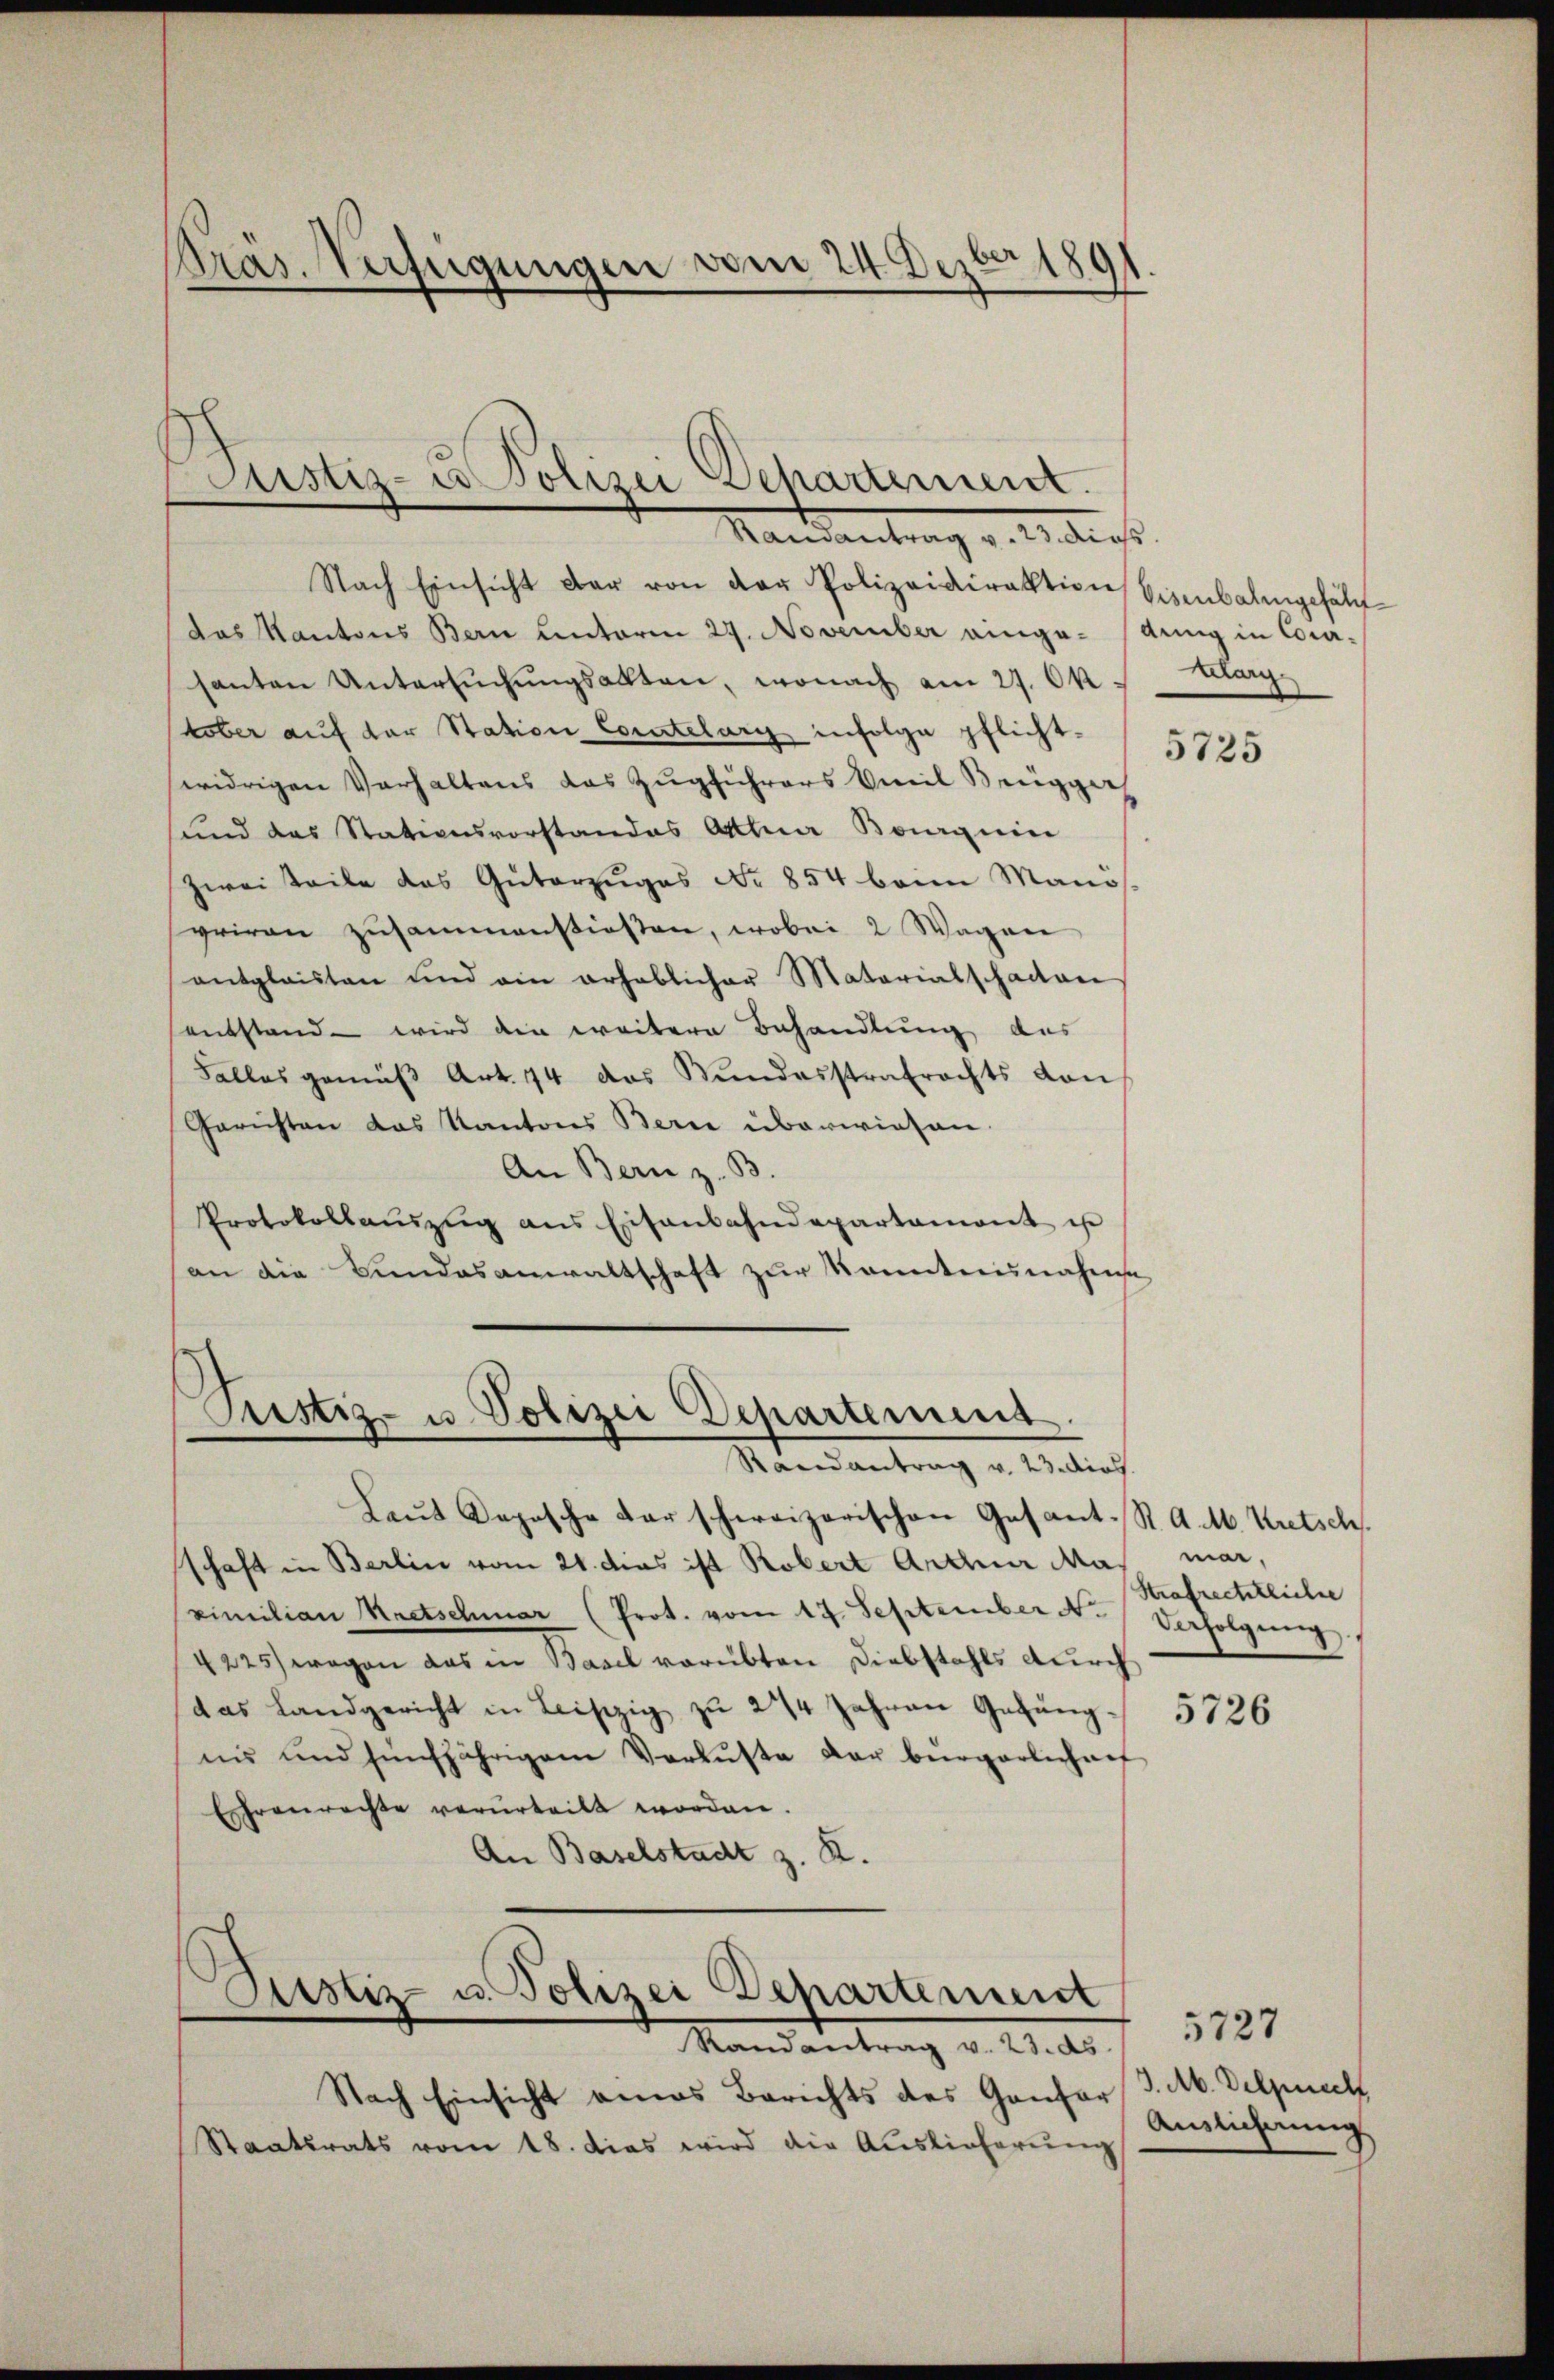
Präs. Verfügungen vom 24. Dezbr 1891.

stiz- u Polizei Departement.
Randantrag v. 23. diess

Nach Einsicht dar von der Polizeidirektion Eisenbahngefährl
das Kantons Bern hinterm 27. November einge- (Anng in Cora-
santen Untersŭchŭngsakten, wonach am 27. Ok
tober auf der Station Comtelary infolge pflichtwidrigen Verhaltens das Zugführers Emil Beugger
und das Stationsvorstandes Atttuar Boguin
zwei Teile das Güterzuges No 854 beim Manösvriran zusammenstiesten, wobei 2 Wagen
antglaisten und ein erheblicher Materialschaitani
sentstand - wird die weitere Behandlung des
Falles gemäβ Art. 74 das Bundesstrafrechts von
Gerichten das Kantons Bern überwiesen.
An Bern z. B.
Protokollaŭszŭg ans Eisenbahndepartament ist
an die Bundesanwaltschaft zur Kenntnisnahese

Laŭt Dopische darschweizerischen Gesant. S. A. M. Kretsch
schaft in Berlin vom 21. dies ist Robert Arthur Ma
ximilian Kretschmar (Prot. vom 17. September N. Verfolgung
4225) wegen das in Basel vorübten Diebstahls durch
das Landgericht in Leiszig zŭ 244 Jahren Gefäng-
nis und fünfjährigem Verluste der bürgerlich auf
Eshrenrechte verurteilt worden.
An Baselstadt z. R.

Pustiz- u. Polizei Departemens
Randantrag v. 23. dies

Pitstiz- u. Polizei Departement
Randantrag v. 23. ds

Nach Einsicht eines Berichts des Gantar
Staatsrats vom 18. Das wird die Auslieferung

larg
5725

ma.
Strafrechtliche

5726

5727
J. M. Delprech
Auslichnung